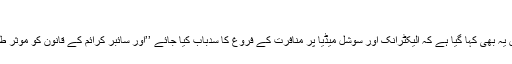
‘‘
مشترکہ اعلامیے میں یہ بھی کہا گیا ہے کہ الیکٹرانک اور سوشل میڈیا پر منافرت کے فروغ کا سدباب کیا جائے ’’اور سائبر کرائم کے قانون کو موثر طور پر نافذ کیا جائے۔